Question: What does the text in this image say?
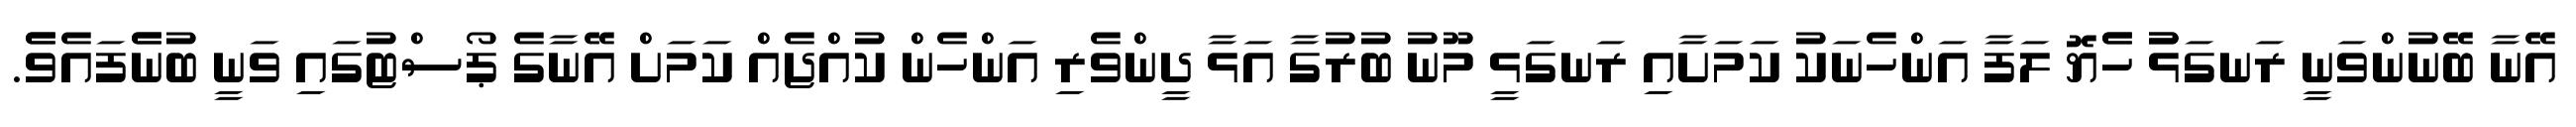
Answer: އޭނާ ބޭނުންވަނީ ރަނގަޅުު ހެެޔޮ ލަފާ އަންހެނަކު ކަމަށާއި ރަނގަޅީ މޫނު ބުރުގާ އަޅާ ދީންވެރި އަންހެން ކުއްޖެއް ކަމަށް އޭނާގެ ޕޯސްޓުގައި ވަނީ ބުނެެފައެވެެ.